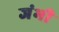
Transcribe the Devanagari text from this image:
जंभी